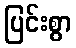
ပြင်းစွာ